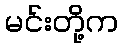
မင်းတို့က